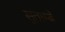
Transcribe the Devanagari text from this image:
सुताम्बे